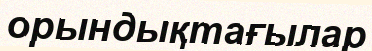
орындықтағылар